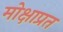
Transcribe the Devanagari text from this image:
मोक्षाप्रत